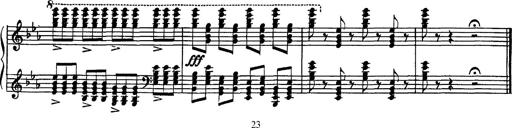
Title: Fantaisie sur des motifs favoris de l'opÃ©ra 'La sonnambula'
Composer: Franz Liszt